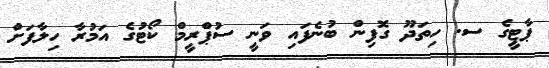
ޕާޓީގެ ސ. ހިތަދޫ ގޮފިން ބުނެފައި ވަނީ ސުޕްރީމް ކޯޓުގެ އަމުރާ ހިލާފަށް